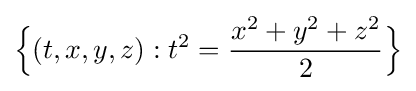
{\Big \{}(t,x,y,z):t^{2}={\frac {x^{2}+y^{2}+z^{2}}{2}}{\Big \}}